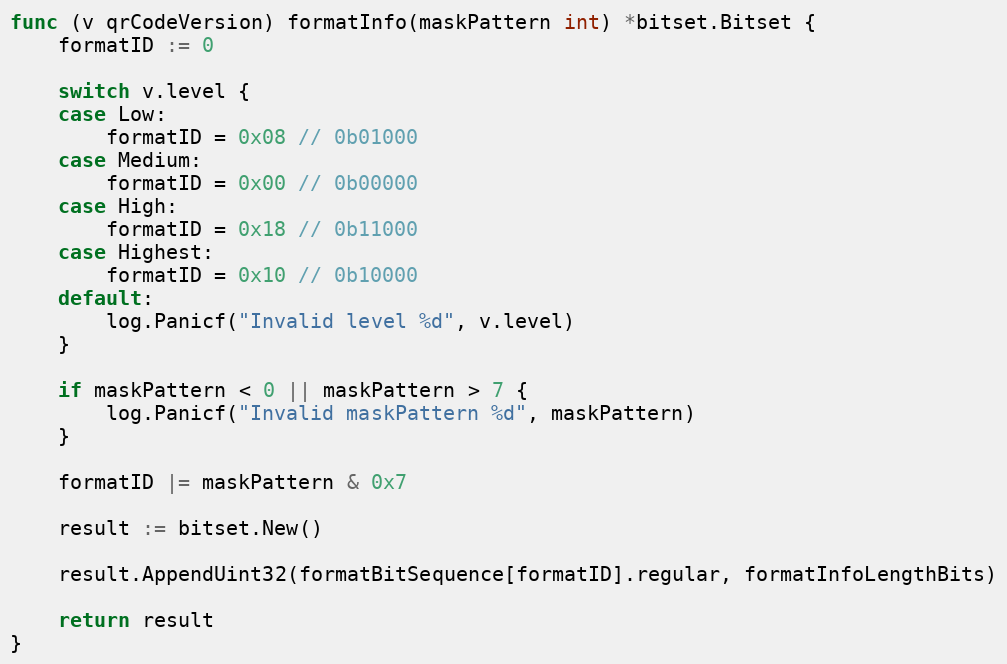
Language: Go
func (v qrCodeVersion) formatInfo(maskPattern int) *bitset.Bitset {
	formatID := 0

	switch v.level {
	case Low:
		formatID = 0x08 // 0b01000
	case Medium:
		formatID = 0x00 // 0b00000
	case High:
		formatID = 0x18 // 0b11000
	case Highest:
		formatID = 0x10 // 0b10000
	default:
		log.Panicf("Invalid level %d", v.level)
	}

	if maskPattern < 0 || maskPattern > 7 {
		log.Panicf("Invalid maskPattern %d", maskPattern)
	}

	formatID |= maskPattern & 0x7

	result := bitset.New()

	result.AppendUint32(formatBitSequence[formatID].regular, formatInfoLengthBits)

	return result
}